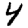
Digit: 4